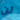
لن